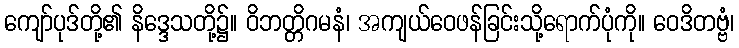
ကျော်ပုဒ်တို့၏ နိဒ္ဒေသတို့၌။ ဝိဘတ္တိဂမနံ၊ အကျယ်ဝေဖန်ခြင်းသို့ရောက်ပုံကို။ ဝေဒိတဗ္ဗံ၊